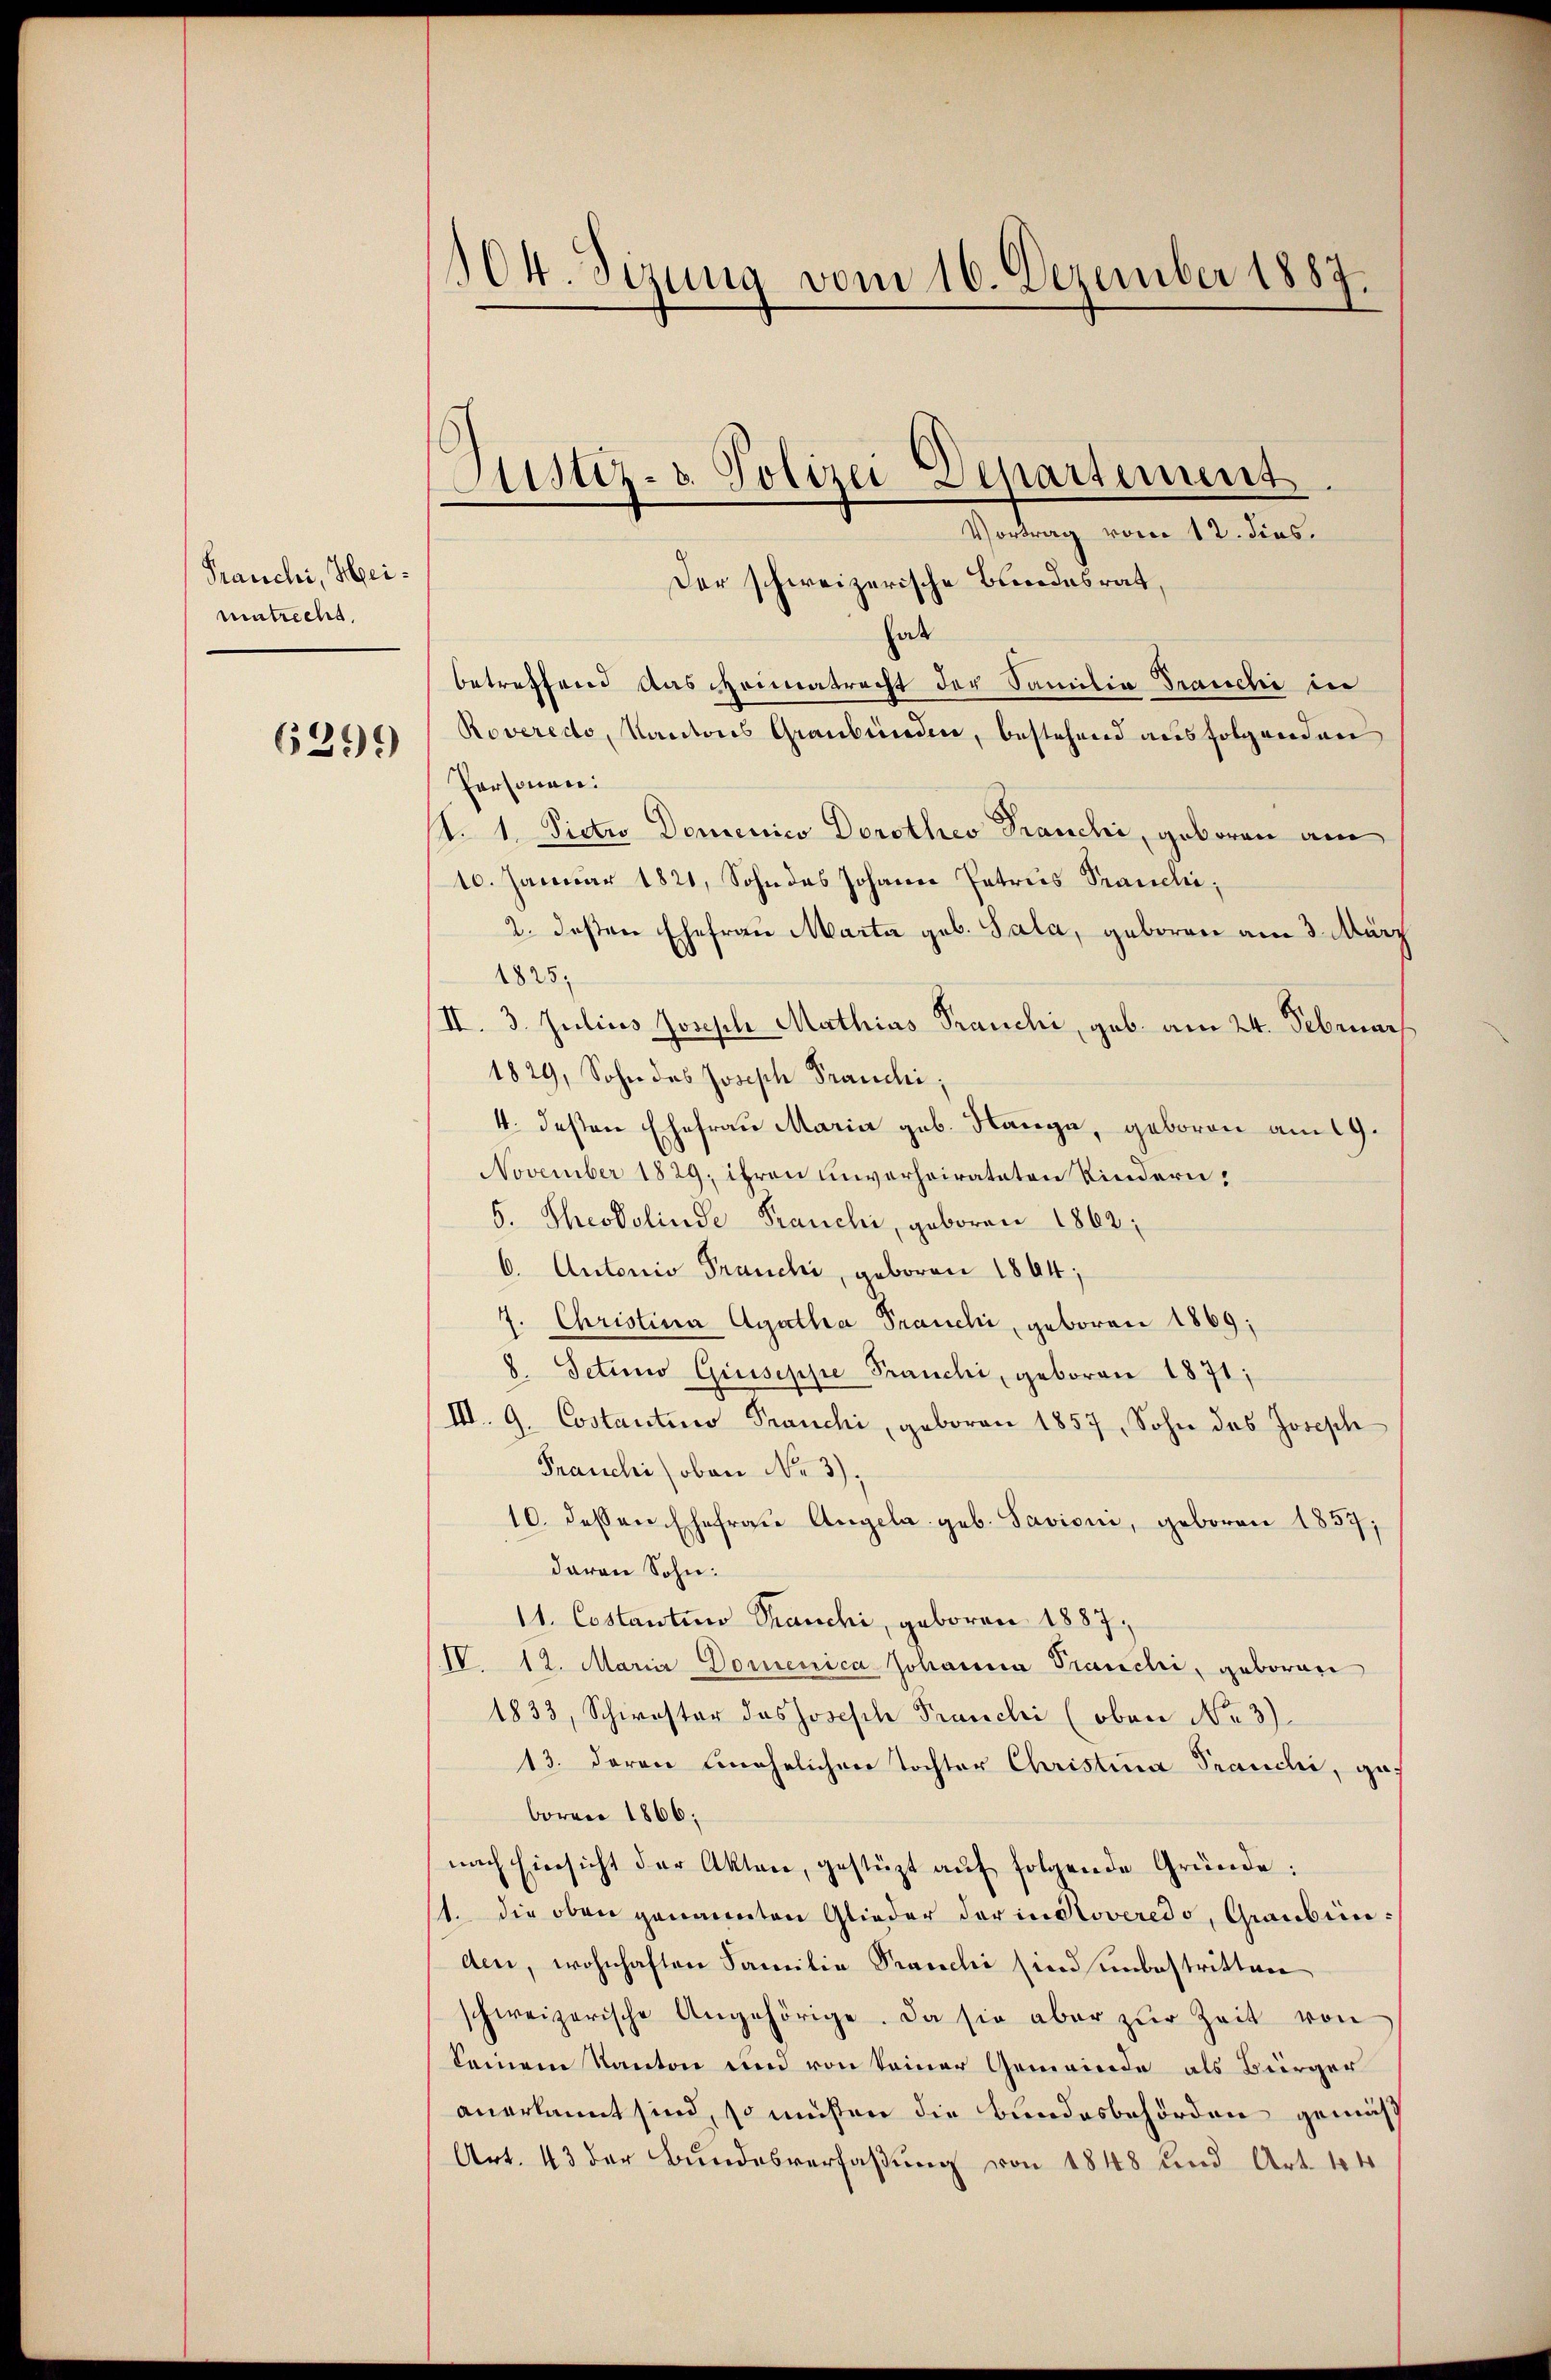
Franchi, Heimatrecht.

6399

104. Sizung vom 16. Dezember 1887.

Justiz- u. Polizei Alpartement
Vortrag vom 12. dies.

Der schweizerische Blindesrat,
at
betreffend Aus Heimatrecht der Samilia Grauchi in
Roveredo, Kantons Graubünden, bestehend ausfolgenden
Personen:
T. 1. Pictro Domenico Dorothes Franchi, geboren am
10. Januar 1821, Sohn des Johann Petries Franchi,
2. deßen Ehefrau Marta geb. Sala, geboren am 3. März
1825.
II. 3. Julius Joseph Mathias Tranchi, geb. am 24. Februar
1829, Sohn des Joseph Franchi,
4. deßen Ehefrau Maria geb. Range, geboren am 19.
November 1829, ihren unverheirateten Kindern,
5. Theodolinde Franchi, geboren 1862;
6. Autorio Franchi, geboren 1864
7. Christina Agatha Franchi, geboren 1869;
6. Setino Giuseppe Pranchi, geboren 1871;
III. G. Costanturo Franchi, geboren 1857, Sohn des Joseph
Franchi (oben No 3).
10. dessen Ehefrau Angela geb. Savioni, geboren 1857;
davon Sohn.
11. Costantino Tranchi, geboren 1887,
IV. 12. Maria Domenica Johanna Pranchi, geboren
1833, Schwestor des Joseisch Pranchi (oben No 3)
13. daran unehelichen Tochter Christina Pranchi, gef
boren 1866;
nach Einsicht der Akten, gestüzt aŭf folgende Gründe:
11. die oben genannten Glieder der in Stoveredo, Graubrinden, wohnhaften Familie Pranchi (und unbestritten
schweizerische Angehörige. Da sie aber zŭr Zeit von
keinem Kanton und von Seiner Gemeinde als Bürger
anerkannt sind, so müßen die Bundesbehörden gemäß
Art. 43 der Bundesverfaßung von 1848 und Art. 44